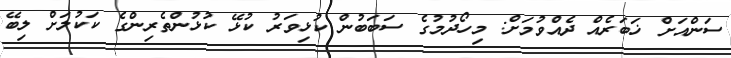
ސަންއަށް ޚަބަރެއް ދެއްވުމަށް: މިހޯދުމުގެ ސަބަބުން ކުޅިވަރު ކުޅޭ ކުޅުންތެރިންގެ ކަކުލަށް ލިބޭ